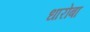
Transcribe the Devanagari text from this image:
धारोबा